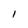
Character: l